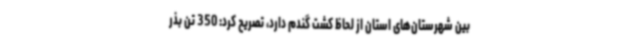
بین شهرستان‌های استان از لحاظ کشت گندم دارد، تصریح کرد: 350 تن بذر